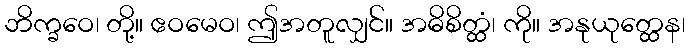
ဘိက္ခဝေ၊ တို့။ ဧဝမေဝ၊ ဤအတူလျှင်။ အဓိစိတ္ထံ၊ ကို။ အနုယုတ္ထေန၊